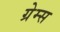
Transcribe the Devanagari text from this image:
ग्रेम्स